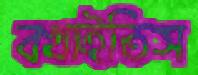
বখাইতিস